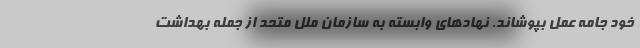
خود جامه عمل بپوشاند. نهادهای وابسته به سازمان ملل متحد از جمله بهداشت